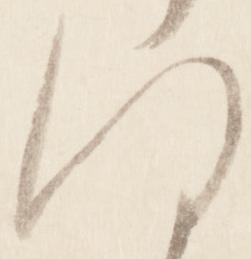
何